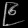
Digit: ၉